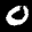
Label: 0